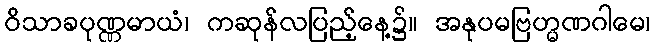
ဝိသာခပုဏ္ဏမာယံ၊ ကဆုန်လပြည့်နေ့၌။ အနုပမဗြဟ္မဏဂါမေ၊